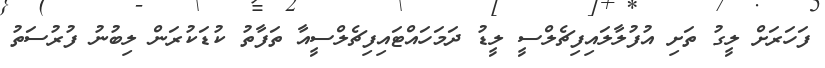
ފަހަރަށް ލީގު ތަށި އުފުލާލައިފިޗެލްސީ ލީޑު ދަމަހައްޓައިފިޗެލްސީއާ ތަފާތު ކުޑަކުރަން ލިބުނު ފުރުސަތު